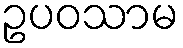
ဥပဝသာမ